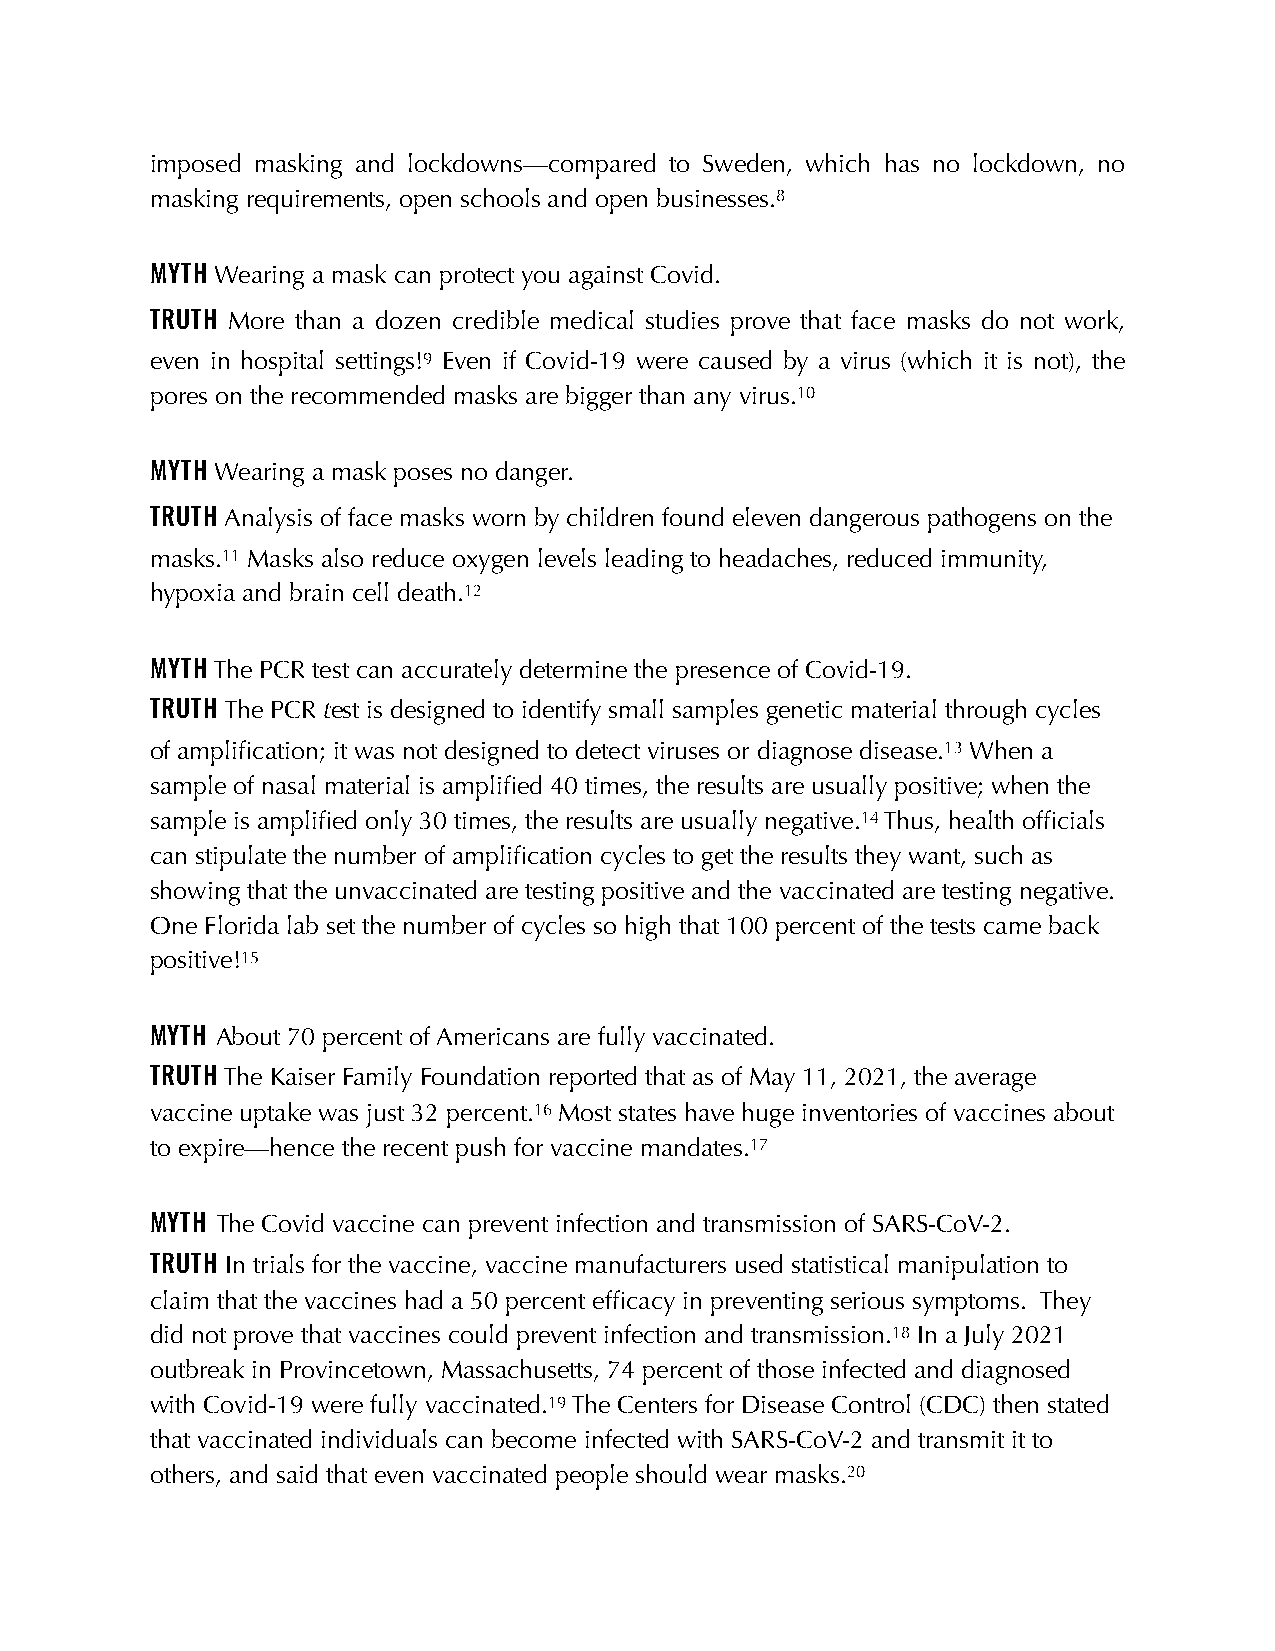
imposed masking and lockdowns—compared to Sweden, which has no lockdown, no
 masking requirements, open schools and open businesses.8
 MYTH Wearing a mask can protect you against Covid.
 TRUTH More than a dozen credible medical studies prove that face masks do not work,
 even in hospital settings!9 Even if Covid-19 were caused by a virus (which it is not), the
 pores on the recommended masks are bigger than any virus.10
 MYTH Wearing a mask poses no danger.
 TRUTH Analysis of face masks worn by children found eleven dangerous pathogens on the
 masks.11 Masks also reduce oxygen levels leading to headaches, reduced immunity,
 hypoxia and brain cell death.12
 MYTH The PCR test can accurately determine the presence of Covid-19.
 TRUTH The PCR test is designed to identify small samples genetic material through cycles
 of amplification; it was not designed to detect viruses or diagnose disease.13 When a
 sample of nasal material is amplified 40 times, the results are usually positive; when the
 sample is amplified only 30 times, the results are usually negative.14 Thus, health officials
 can stipulate the number of amplification cycles to get the results they want, such as
 showing that the unvaccinated are testing positive and the vaccinated are testing negative.
 One Florida lab set the number of cycles so high that 100 percent of the tests came back
 positive!15
 MYTH About 70 percent of Americans are fully vaccinated.
 TRUTH The Kaiser Family Foundation reported that as of May 11, 2021, the average
 vaccine uptake was just 32 percent.16 Most states have huge inventories of vaccines about
 to expire—hence the recent push for vaccine mandates.17
 MYTH The Covid vaccine can prevent infection and transmission of SARS-CoV-2.
 TRUTH In trials for the vaccine, vaccine manufacturers used statistical manipulation to
 claim that the vaccines had a 50 percent efficacy in preventing serious symptoms. They
 did not prove that vaccines could prevent infection and transmission.18 In a July 2021
 outbreak in Provincetown, Massachusetts, 74 percent of those infected and diagnosed
 with Covid-19 were fully vaccinated.19 The Centers for Disease Control (CDC) then stated
 that vaccinated individuals can become infected with SARS-CoV-2 and transmit it to
 others, and said that even vaccinated people should wear masks.20